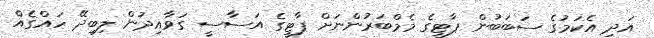
އަދި އެކަމުގެ ސަބަބުން ޕާޓީގެ މެމްބަރުންނަށް ޕާޓީގެ އަސާސީ ގަވާއިދުން ލިބިދޭ ހައްގެއް